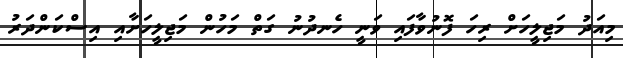
މިއަދު މަޖިލީހަށް ރިހަ ފޮނުވާފައި ވަނީ ހެނދުނު ގަތް މަހުން މަޖިލީހަށާއި އިސްކަންދަރު